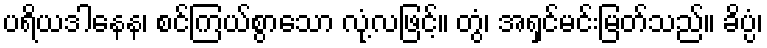
ပရိယဒါနေန၊ စင်ကြယ်စွာသော လုံ့လဖြင့်။ တွံ၊ အရှင်မင်းမြတ်သည်။ ခိပ္ပံ၊